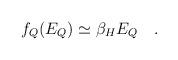
LaTeX: \begin{align*}f_Q(E_Q) \simeq \beta_H E_Q~~~.\end{align*}